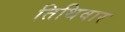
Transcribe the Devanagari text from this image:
तिथिवार